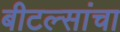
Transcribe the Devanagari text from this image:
बीटल्सांचा